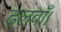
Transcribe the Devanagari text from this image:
ढलवाँ।